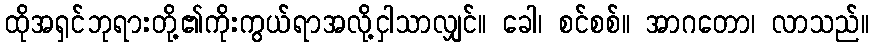
ထိုအရှင်ဘုရားတို့၏ကိုးကွယ်ရာအလို့ငှါသာလျှင်။ ခေါ၊ စင်စစ်။ အာဂတော၊ လာသည်။